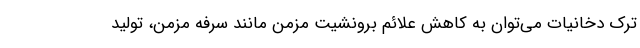
ترک دخانیات می‌توان به کاهش علائم برونشیت مزمن مانند سرفه مزمن، تولید